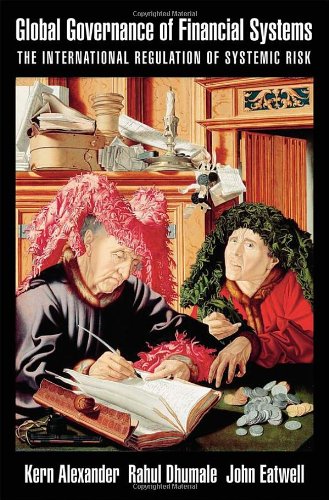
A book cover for Global Governance of Financial Systems: The International Regulation of Systemic Risk (CERF Monographs on Finance and the Economy); Kern Alexander; Law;